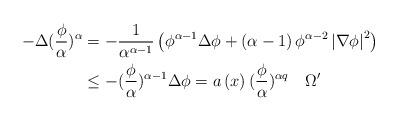
LaTeX: \begin{align*}-\Delta(\frac{\phi}{\alpha})^{\alpha} & =-\frac{1}{\alpha^{\alpha-1}}\left(\phi^{\alpha-1}\Delta\phi+\left( \alpha-1\right) \phi^{\alpha-2}\left\vert\nabla\phi\right\vert ^{2}\right) \\& \leq-(\frac{\phi}{\alpha})^{\alpha-1}\Delta\phi=a\left( x\right)(\frac{\phi}{\alpha})^{\alpha q}\quad\Omega^{\prime}\end{align*}